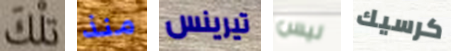
تلك منذ تيرينس ليس كرسيك